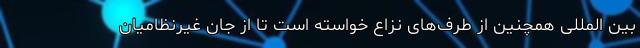
بین المللی همچنین از طرف‌های نزاع خواسته است تا از جان غیرنظامیان